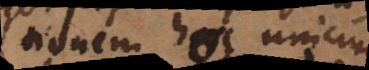
solutionem hoc unicum